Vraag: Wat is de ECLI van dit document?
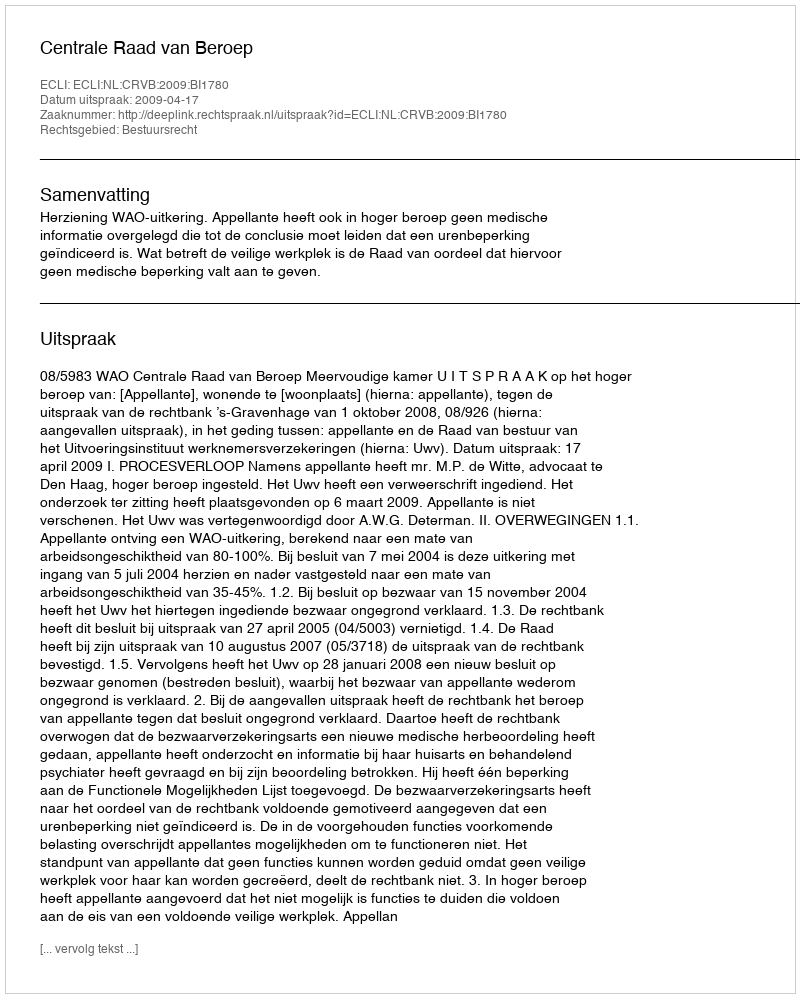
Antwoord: ECLI:NL:CRVB:2009:BI1780